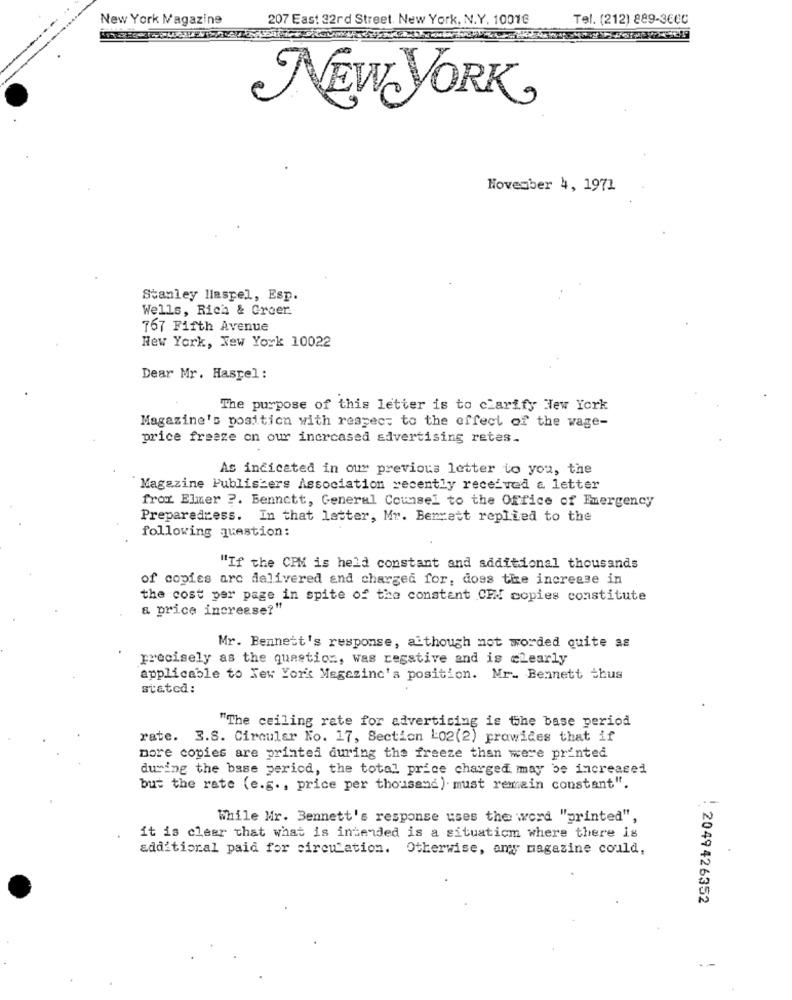
New York Magazine
207 East 32rd Street. New York, N.Y. 10016
Tel. (212) 889-3600
NEW YORK,
November 4, 1971
Stanley llaspel, Esp.
Wells, Rich & Groer
767 Fifth Avenue
New York, New York 10022
Dear Mr. Haspel:
The purpose of this letter is to clarify New York
Magazine's position with respect to the effect of the wage-
price freeze on our increased advertising retes.
As indicated in our previous letter to you, the
Magazine Publishers Association recently received & letter
fror. Elmer ?. Bennett, General Counsel to the Office of Emergency
Preparedress. In that letter, Mr. Bennett replied to the
following question:
"If the CPM is held constant and additional thousands
of copies are delivered and charged for, does the increase in
the cost per page in spite of the constant CEX copies constitute
a price increase?"
Mr. Bennett's response, although not worded quite as
precisely as the question, was regstive and is clearly
applicable to New York Magazine's position. Mr. Bennett thus
stated:
"The ceiling rate for advertising is the base period
rate. 3.S. Circular No. 17, Section 1:02(2) prawices that if
more copies are printed during the freeze than were printed
during the base pericd, the total price charged may be increased
but the rate (e.g ., price per thousand) must remain constant".
While Mr. Bennett's response uses the word "printed",
it is clear that what is intended is a situaticm where there is
additional paid for circulation. Otherwise, amy magazine could,
: 2049426352